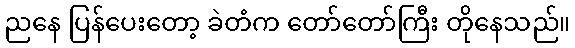
ညနေ ပြန်ပေးတော့ ခဲတံက တော်တော်ကြီး တိုနေသည်။